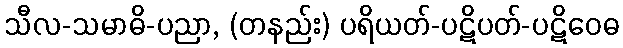
သီလ-သမာဓိ-ပညာ, (တနည်း) ပရိယတ်-ပဋိပတ်-ပဋိဝေဓ